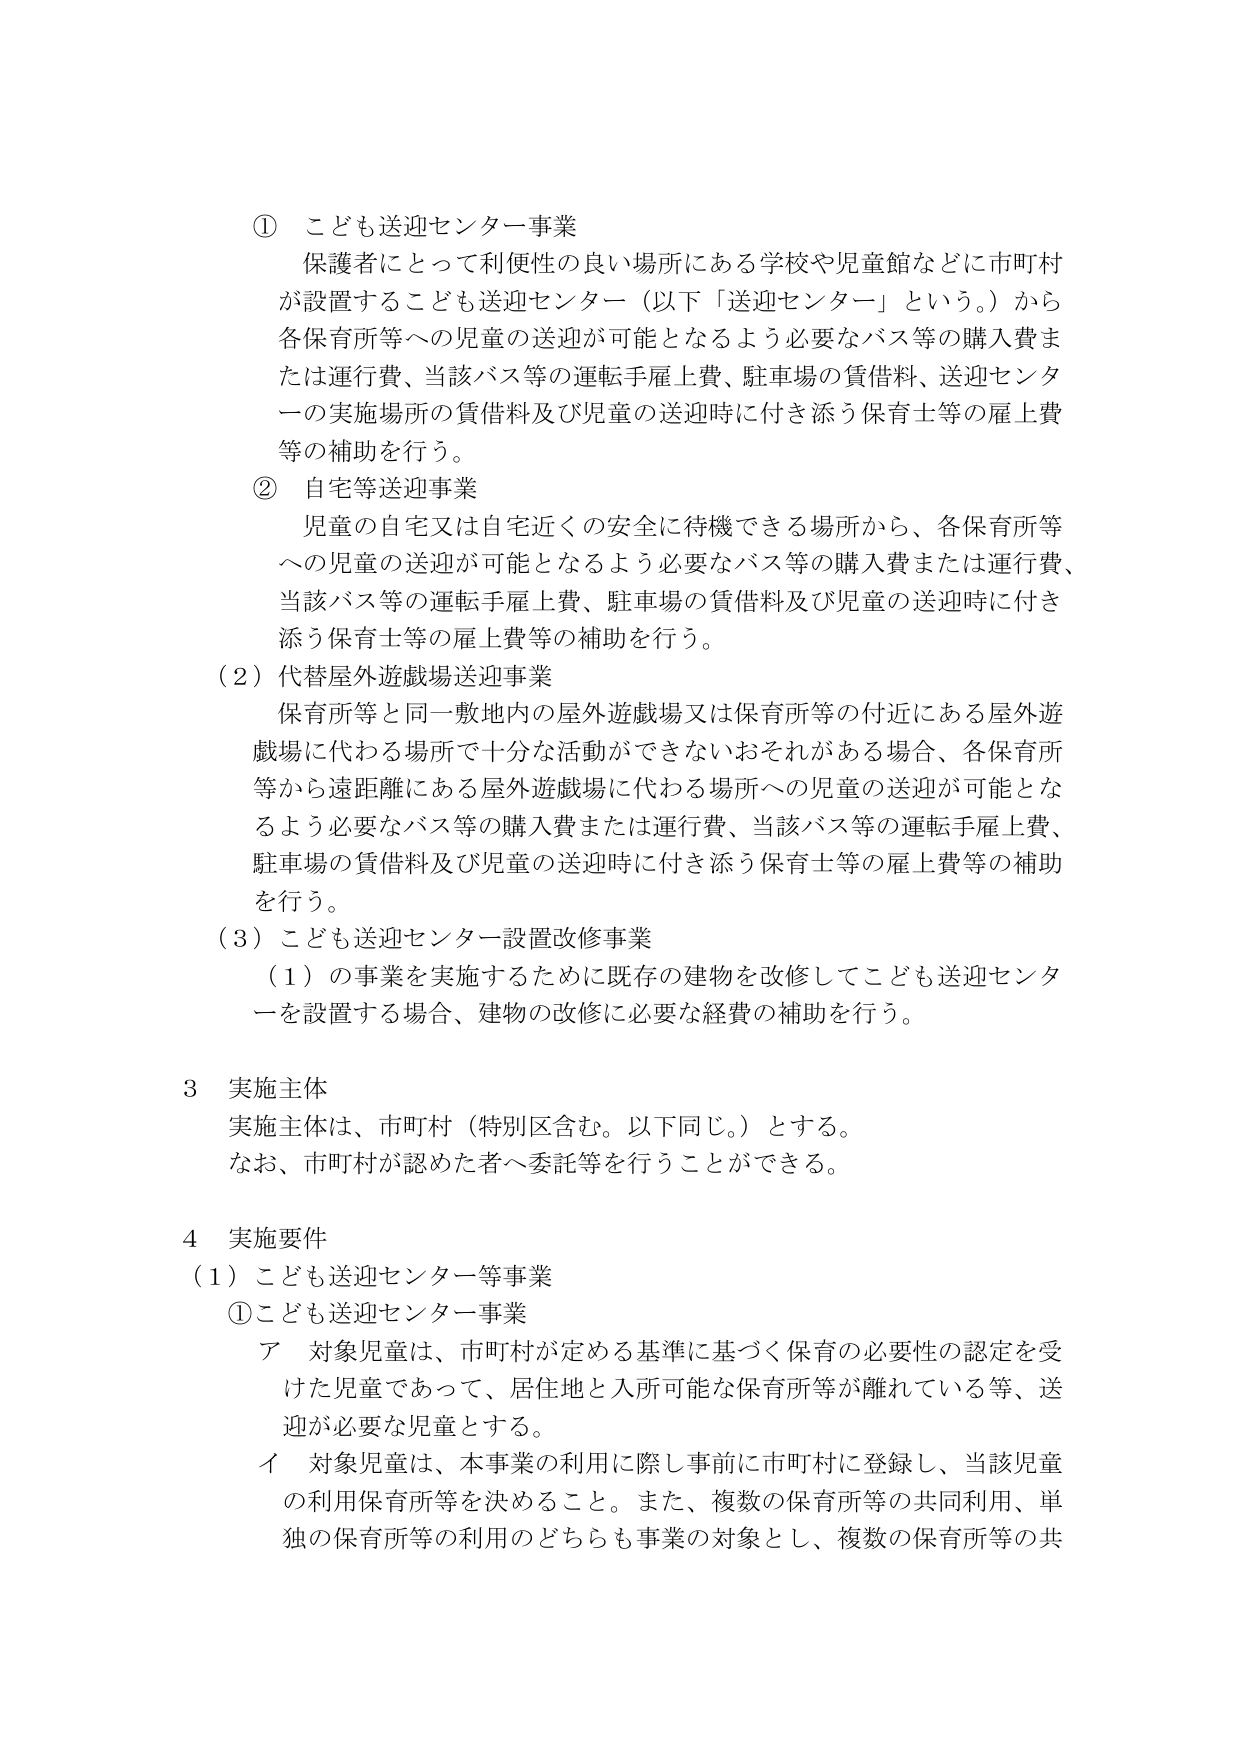
① こども送迎センター事業
保護者にとって利便性の良い場所にある学校や児童館などに市町村が設置することも送迎センター（以下「送迎センター」という。）から各保育所等への児童の送迎が可能となるよう必要なバス等の購入費または運行費、当該バス等の運転手雇上費、駐車場の賃借料、送迎センターの実施場所の賃借料及び児童の送迎時に付き添う保育士等の雇上費等の補助を行う。

② 自宅等送迎事業
児童の自宅又は自宅近くの安全に待機できる場所から、各保育所等への児童の送迎が可能となるよう必要なバス等の購入費または運行費、当該バス等の運転手雇上費、駐車場の賃借料及び児童の送迎時に付き添う保育士等の雇上費等の補助を行う。

（2）代替屋外遊戯場送迎事業
保育所等と同一敷地内の屋外遊戯場又は保育所等の付近にある屋外遊戯場に代わる場所で十分な活動ができないおそれがある場合、各保育所等から遠距離にある屋外遊戯場に代わる場所への児童の送迎が可能となるよう必要なバス等の購入費または運行費、当該バス等の運転手雇上費、駐車場の賃借料及び児童の送迎時に付き添う保育士等の雇上費等の補助を行う。

（3）こども送迎センター設置改修事業
（1）の事業を実施するために既存の建物を改修してこども送迎センターを設置する場合、建物の改修に必要な経費の補助を行う。

3 実施主体
実施主体は、市町村（特別区含む。以下同じ。）とする。
なお、市町村が認めた者へ委託等を行うことができる。

4 実施要件
（1）こども送迎センター等事業
①こども送迎センター事業
ア 対象児童は、市町村が定める基準に基づく保育の必要性の認定を受けた児童であって、居住地と入所可能な保育所等が離れている等、送迎が必要な児童とする。
イ 対象児童は、本事業の利用に際し事前に市町村に登録し、当該児童の利用保育所等を決めること。また、複数の保育所等の共同利用、単独の保育所等の利用のどちらも事業の対象とし、複数の保育所等の共